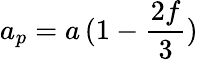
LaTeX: a_{p}=a\, (1-{\frac{2f}{3}})